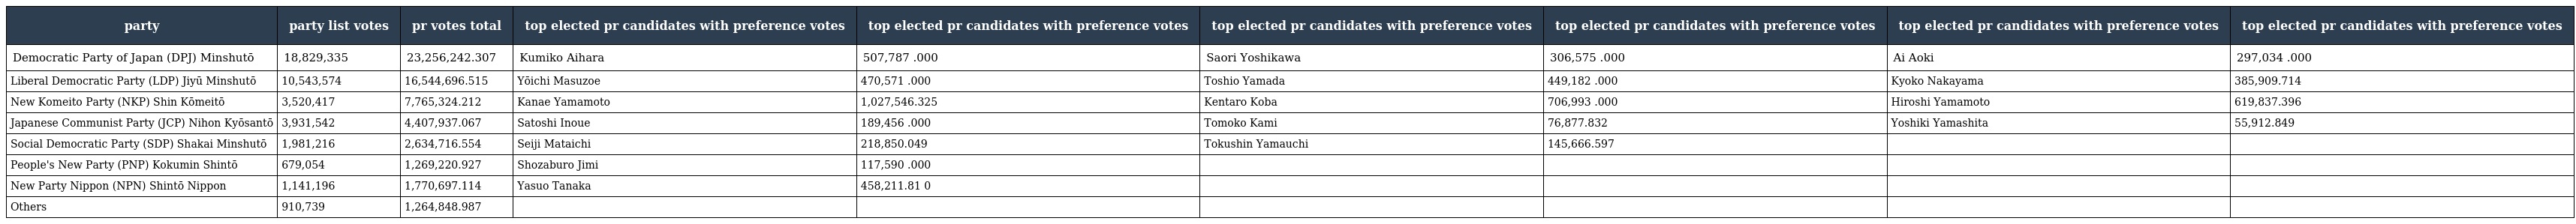
| party | party list votes | pr votes total | top elected pr candidates with preference votes | top elected pr candidates with preference votes | top elected pr candidates with preference votes | top elected pr candidates with preference votes | top elected pr candidates with preference votes | top elected pr candidates with preference votes |
 | --- | --- | --- | --- | --- | --- | --- | --- | --- |
 | Democratic Party of Japan (DPJ) Minshutō | 18,829,335 | 23,256,242.307 | Kumiko Aihara | 507,787 .000 | Saori Yoshikawa | 306,575 .000 | Ai Aoki | 297,034 .000 |
 | Liberal Democratic Party (LDP) Jiyū Minshutō | 10,543,574 | 16,544,696.515 | Yōichi Masuzoe | 470,571 .000 | Toshio Yamada | 449,182 .000 | Kyoko Nakayama | 385,909.714 |
 | New Komeito Party (NKP) Shin Kōmeitō | 3,520,417 | 7,765,324.212 | Kanae Yamamoto | 1,027,546.325 | Kentaro Koba | 706,993 .000 | Hiroshi Yamamoto | 619,837.396 |
 | Japanese Communist Party (JCP) Nihon Kyōsantō | 3,931,542 | 4,407,937.067 | Satoshi Inoue | 189,456 .000 | Tomoko Kami | 76,877.832 | Yoshiki Yamashita | 55,912.849 |
 | Social Democratic Party (SDP) Shakai Minshutō | 1,981,216 | 2,634,716.554 | Seiji Mataichi | 218,850.049 | Tokushin Yamauchi | 145,666.597 |  |  |
 | People's New Party (PNP) Kokumin Shintō | 679,054 | 1,269,220.927 | Shozaburo Jimi | 117,590 .000 |  |  |  |  |
 | New Party Nippon (NPN) Shintō Nippon | 1,141,196 | 1,770,697.114 | Yasuo Tanaka | 458,211.81 0 |  |  |  |  |
 | Others | 910,739 | 1,264,848.987 |  |  |  |  |  |  |